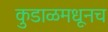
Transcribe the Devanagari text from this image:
कुडाळमधूनच